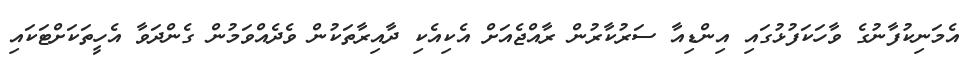
އެމަނިކުފާނުގެ ވާހަކަފުޅުގައި އިންޑިއާ ސަރުކާރުން ރާއްޖެއަށް އެކިއެކި ދާއިރާތަކުން ވެދެއްވަމުން ގެންދަވާ އެހީތަކަށްޓަކައި